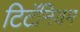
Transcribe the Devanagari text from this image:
टिटॅनियम